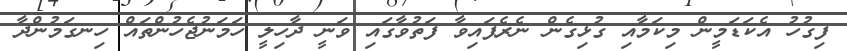
ފިގުހު އެކަޑަމީން މިކަމާއި ގުޅިގެން ނެރެފައިވާ ފަތުވާގައި ވަނީ ދާހިލީ ހަމަނުޖެހުންތައް ހިނގަމުންދާ